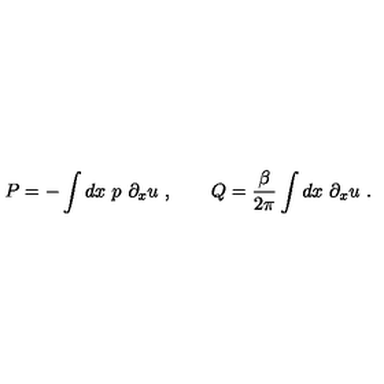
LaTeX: P = - \int d x \ p \ \partial _ { x } u \ , \qquad Q = { \frac { \beta } { 2 \pi } } \int d x \ \partial _ { x } u \ .